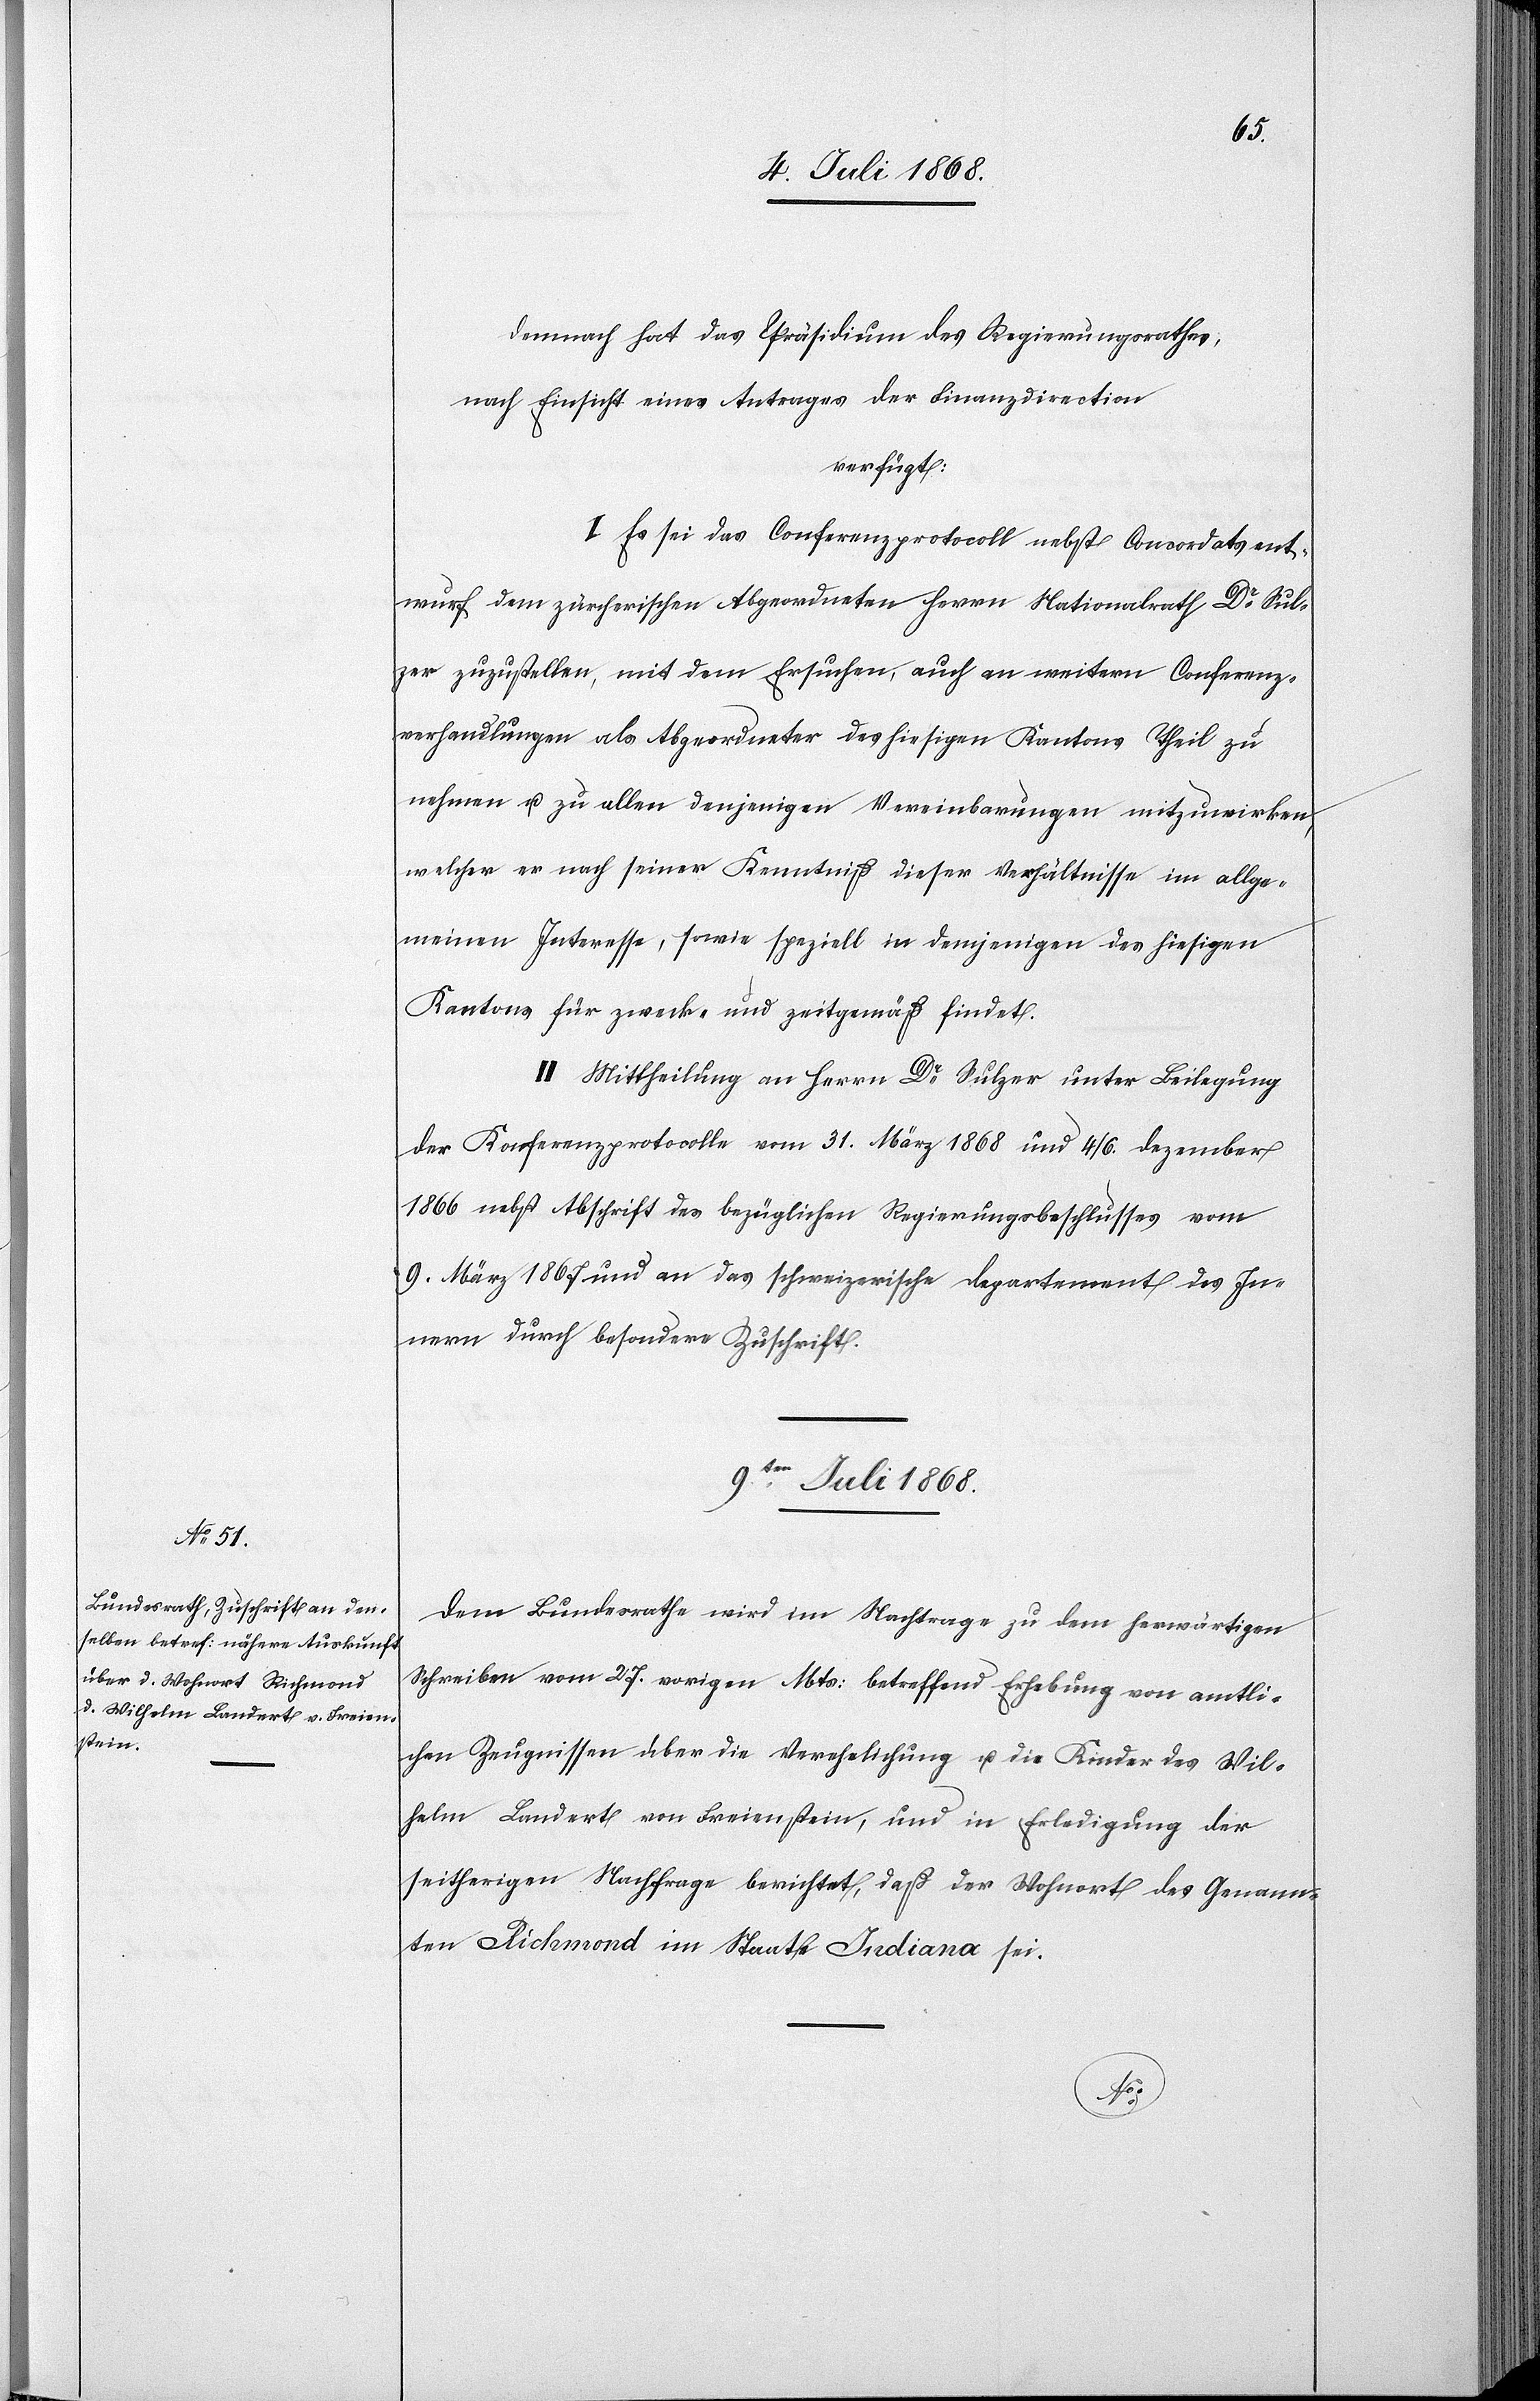
Demnach hat das Präsidium des Regierungsrathes,
nach Einsicht eines Antrages der Finanzdirection
verfügt:
I. Es sei das Conferenzprotocoll nebst Concordatsent¬
wurf dem zürcherischen Abgeordneten Herrn Nationalrath Dr Sul¬
zer zuzustellen, mit dem Ersuchen, auch an weitern Conferenz¬
verhandlungen als Abgeordneter des hiesigen Kantons Theil zu
nehmen u. zu allen denjenigen Vereinbarungen mitzuwirken,
welcher [sic!] er nach seiner Kenntniß dieser Verhältnisse im allge¬
meinen Interesse, sowie speziell in demjenigen des hiesigen
Kantons für zweck- und zeitgemäß findet.
II. Mittheilung an Herrn Dr Sulzer unter Beilegung
der Konferenzprotocolle vom 31. März 1868 und 4/6. Dezember
1866 nebst Abschrift des bezüglichen Regierungsbeschlusses vom
9. März 1867 und an das schweizerische Departement des In¬
nern durch besondere Zuschrift.
9ter Juli 1868.
Dem Bundesrathe wird im Nachtrage zu dem herwärtigen
Schreiben vom 27. vorigen Mts: betreffend Erhebung von amtli¬
chen Zeugnissen über die Verehelichung u. die Kinder des Wil¬
helm Landert von Freienstein, und in Erledigung der
seitherigen Nachfrage berichtet, daß der Wohnort des Genann¬
ten Richmond im Staate Indiana sei.